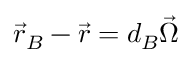
\vec { r } _ { B } - \vec { r } = d _ { B } \vec { \Omega }